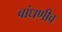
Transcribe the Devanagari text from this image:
बांधणीव